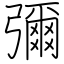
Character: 彌